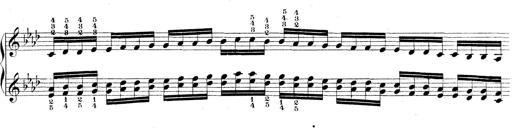
Title: Technische Studien
Composer: Franz Liszt